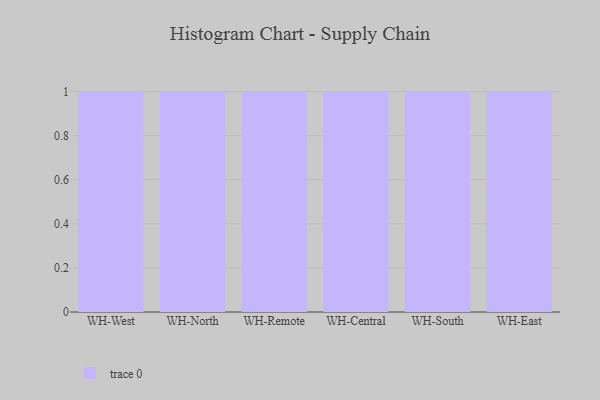
{"axis": {"x": "Warehouse", "y": "Tickets Resolved"}, "legend": [""], "data": [{"x": "WH-West", "y": 73, "type": ""}, {"x": "WH-North", "y": 78, "type": ""}, {"x": "WH-Remote", "y": 88, "type": ""}, {"x": "WH-Central", "y": 9, "type": ""}, {"x": "WH-South", "y": 66, "type": ""}, {"x": "WH-East", "y": 11, "type": ""}]}